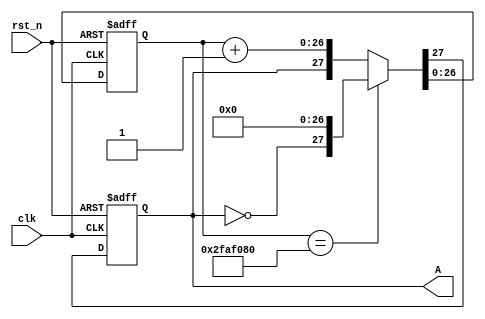
module frequency_divider(rst_n, clk, A);
    parameter n = 5000_0000;
	
    input rst_n, clk;
    output A;
	
    reg A, DA; //the output of frequency_divider
	reg [26:0] count, Dcount; //the counter, mind that 2^27 = 1_3421_7728
    
	always @(posedge clk or negedge rst_n)
        if(~rst_n) {A, count} <= {1'b0, 27'd0};
		else {A, count} <= {DA, Dcount};   
    
    always @*
		if(count == n) {DA, Dcount} = {~A, 27'd0};
		else {DA, Dcount} = {A,  count + 27'd1};
		
endmodule